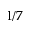
1 / 7